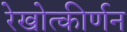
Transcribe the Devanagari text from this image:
रेखोत्कीर्णन